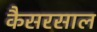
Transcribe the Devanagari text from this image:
कैसरसाल